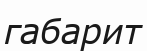
габарит